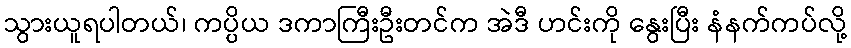
သွားယူရပါတယ်၊ ကပ္ပိယ ဒကာကြီးဦးတင်က အဲဒီ ဟင်းကို နွေးပြီး နံနက်ကပ်လို့